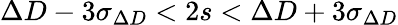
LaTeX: \Delta D-3\sigma_{\Delta D}<2s<\Delta D+3\sigma_{\Delta D}